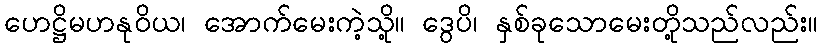
ဟေဋ္ဌိမဟနုဝိယ၊ အောက်မေးကဲ့သို့။ ဒွေပိ၊ နှစ်ခုသောမေးတို့သည်လည်း။